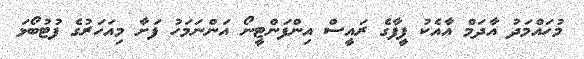
މުހައްމަދު އާދަމް އާއެކު ފީފާގެ ރައީސް އިންފަންޓީނޯ އަންނަމަހު ފަށާ މިއަހަރުގެ ފުޓުބޯޅަ